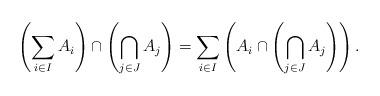
LaTeX: \begin{align*}\left(\sum_{i\in I}A_i\right)\cap \left(\bigcap_{j\in J}A_j\right)=\sum_{i\in I}\left(A_i\cap\left(\bigcap_{j\in J}A_j\right)\right).\end{align*}